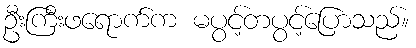
ဦးကြီးဖရောက်က မပွင့်တပွင့်ပြောသည်။